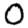
Digit: 0